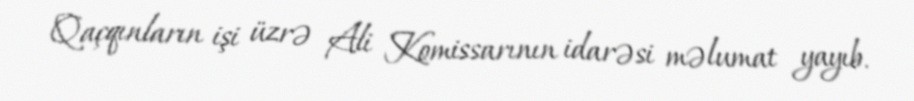
Qaçqınların işi üzrə Ali Komissarının idarəsi məlumat yayıb.